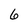
Character: 6